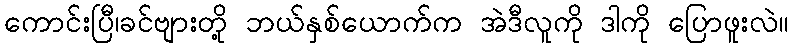
ကောင်းပြီ၊ခင်ဗျားတို့ ဘယ်နှစ်ယောက်က အဲဒီလူကို ဒါကို ပြောဖူးလဲ။